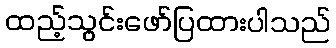
ထည့်သွင်းဖော်ပြထားပါသည်